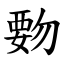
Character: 覅